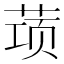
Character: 𰱝